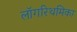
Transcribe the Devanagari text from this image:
लॉगरिथमिका